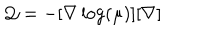
{ \mathcal Q } = - [ { \bf \nabla } \log ( \mu ) ] [ { \bf \nabla } ]